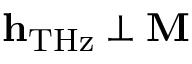
\mathbf { h } _ { \mathrm { T H z } } \perp \mathbf { M }